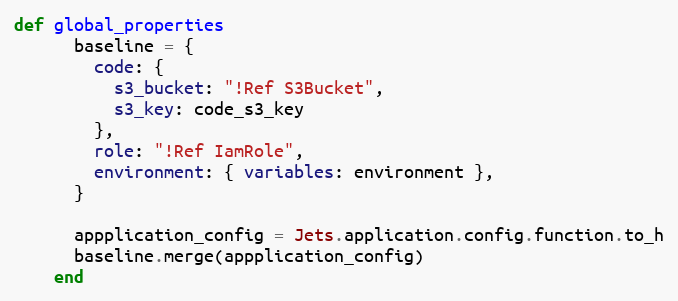
Language: Ruby
def global_properties
      baseline = {
        code: {
          s3_bucket: "!Ref S3Bucket",
          s3_key: code_s3_key
        },
        role: "!Ref IamRole",
        environment: { variables: environment },
      }

      appplication_config = Jets.application.config.function.to_h
      baseline.merge(appplication_config)
    end